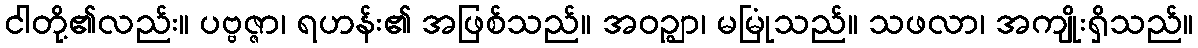
ငါတို့၏လည်း။ ပဗ္ဗဇ္ဇာ၊ ရဟန်း၏ အဖြစ်သည်။ အဝဉ္ဈာ၊ မမြုံသည်။ သဖလာ၊ အကျိုးရှိသည်။